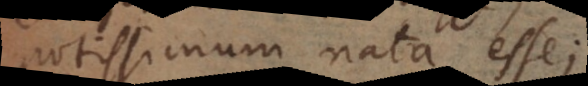
potissimum nata esse;